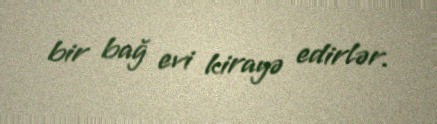
bir bağ evi kirayə edirlər.